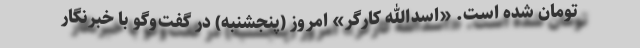
تومان شده است. «اسدالله کارگر» امروز (پنجشنبه) در گفت‌وگو با خبرنگار